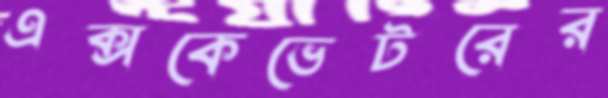
এক্সকেভেটরের